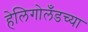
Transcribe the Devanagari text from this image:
हेलिगोलँडच्या